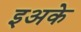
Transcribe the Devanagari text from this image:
इअके